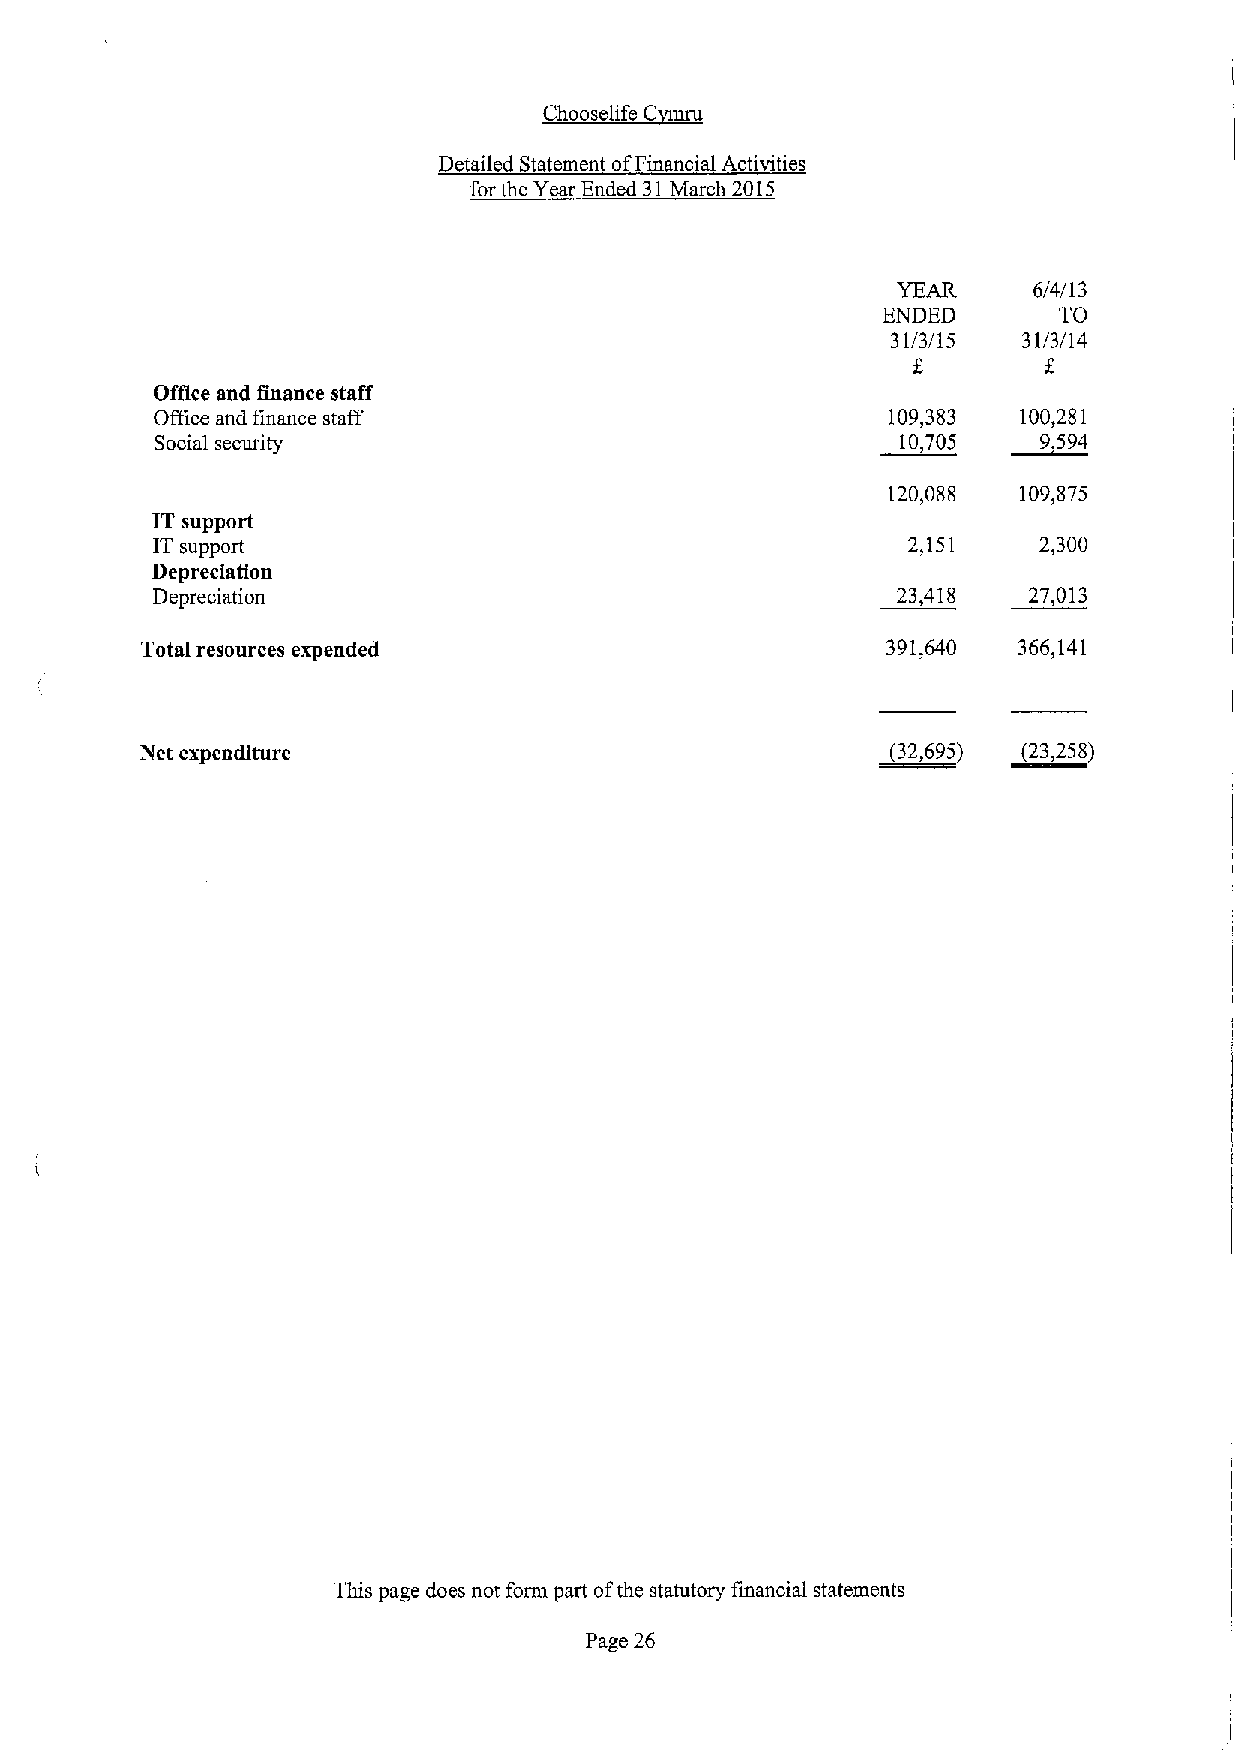
ur
 ~Ch    C
 Detailed Statement ofFinancial Activities
 for the Year Ended 31March 2015
 YEAR     6/4/13
 ENDED       TO
 31/3/15  31/3/14
 Oflice and tinance staff
 Office and finance staff                         109,383  100,281
 ~9594
 Social security                                   10,705
 120,088  109,875
 IT support
 IT support                                        2,151    2,300
 Depreciation
 Depreciation                                     23,418   27,013
 Total resources expended                          391,640 366,141
 Net expenditure                                  ~32,695) ~23,258)
 This page does not form part ofthe statutory financial statements
 Page 26